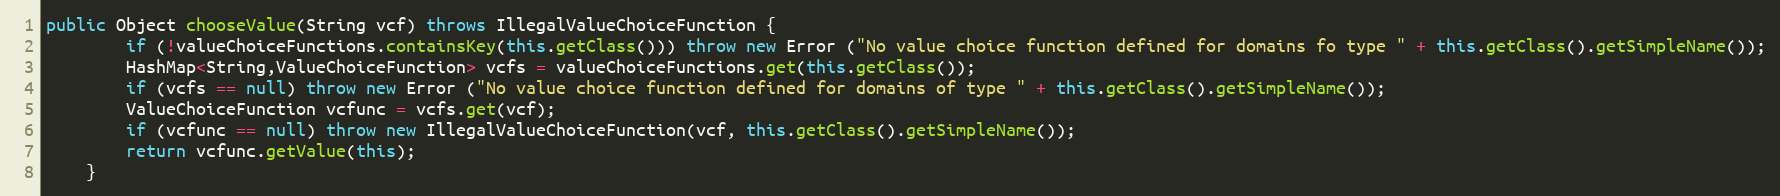
Language: Java
public Object chooseValue(String vcf) throws IllegalValueChoiceFunction {
		if (!valueChoiceFunctions.containsKey(this.getClass())) throw new Error ("No value choice function defined for domains fo type " + this.getClass().getSimpleName());
		HashMap<String,ValueChoiceFunction> vcfs = valueChoiceFunctions.get(this.getClass());
		if (vcfs == null) throw new Error ("No value choice function defined for domains of type " + this.getClass().getSimpleName());
		ValueChoiceFunction vcfunc = vcfs.get(vcf);
		if (vcfunc == null) throw new IllegalValueChoiceFunction(vcf, this.getClass().getSimpleName());
		return vcfunc.getValue(this);
	}